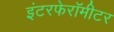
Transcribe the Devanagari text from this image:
इंटरफेरॉमीटर